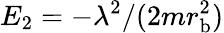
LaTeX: E_{2}=-\lambda^{2}/(2mr_{\mathrm{b}}^{2})